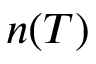
n ( T )